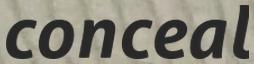
conceal